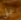
علي